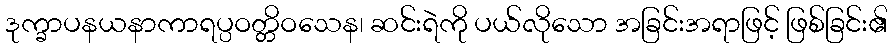
ဒုက္ခာပနယနာကာရပ္ပဝတ္တိဝသေန၊ ဆင်းရဲကို ပယ်လိုသော အခြင်းအရာဖြင့် ဖြစ်ခြင်း၏